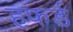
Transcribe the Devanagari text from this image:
हफर्ड